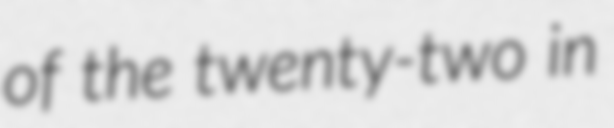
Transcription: of the twenty-two in